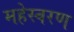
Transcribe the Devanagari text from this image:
महेस्वरण